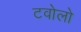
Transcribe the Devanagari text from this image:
टवोलो